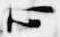
心